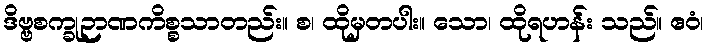
ဒိဗ္ဗစက္ခုဉာဏကိစ္စသာတည်း။ စ၊ ထိုမှတပါး။ သော၊ ထိုရဟန်း သည်။ ဧဝံ၊